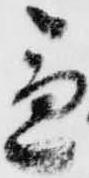
急